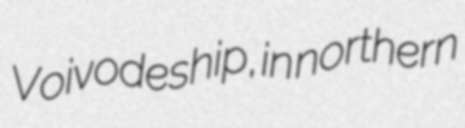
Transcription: Voivodeship, in northern